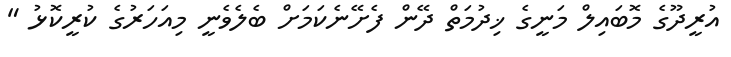
އުރީދޫގެ މޮބައިލް މަނީގެ ޚިދުމަތް ދޭން ފެށޭނެކަމަށް ބެލެވެނީ މިއަހަރުގެ ކުރީކޮޅު "